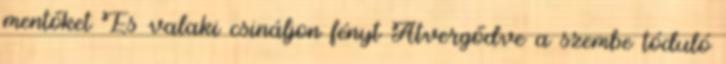
mentőket És valaki csináljon fényt Átvergődve a szembe tóduló